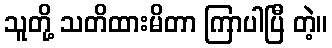
သူတို့ သတိထားမိတာ ကြာပါပြီ တဲ့။